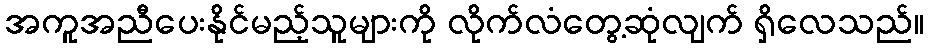
အကူအညီပေးနိုင်မည့်သူများကို လိုက်လံတွေ့ဆုံလျက် ရှိလေသည်။